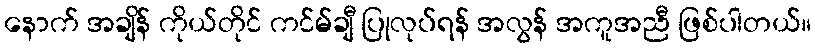
နောက် အချိန် ကိုယ်တိုင် ကင်မ်ချီ ပြုလုပ်ရန် အလွန် အကူအညီ ဖြစ်ပါတယ်။